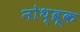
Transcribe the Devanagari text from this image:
नोथ्ब्रूक